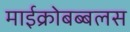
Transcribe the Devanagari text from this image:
माईक्रोबब्बलस